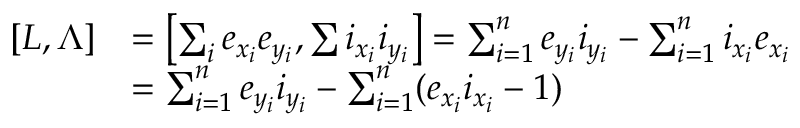
\begin{array} { r l } { [ L , \Lambda ] } & { = \left[ \sum _ { i } e _ { x _ { i } } e _ { y _ { i } } , \sum i _ { x _ { i } } i _ { y _ { i } } \right] = \sum _ { i = 1 } ^ { n } e _ { y _ { i } } i _ { y _ { i } } - \sum _ { i = 1 } ^ { n } i _ { x _ { i } } e _ { x _ { i } } } \\ & { = \sum _ { i = 1 } ^ { n } e _ { y _ { i } } i _ { y _ { i } } - \sum _ { i = 1 } ^ { n } ( e _ { x _ { i } } i _ { x _ { i } } - 1 ) } \end{array}